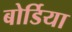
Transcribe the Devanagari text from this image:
बोर्डिया